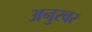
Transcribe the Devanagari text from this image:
अनुस्वर